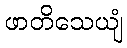
ဖာတိသေယျံ